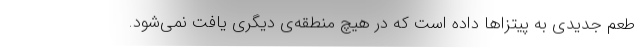
طعم جدیدی به پیتزاها داده است که در هیچ منطقه‌ی دیگری یافت نمی‌شود.